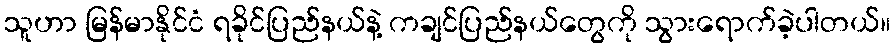
သူဟာ မြန်မာနိုင်ငံ ရခိုင်ပြည်နယ်နဲ့ ကချင်ပြည်နယ်တွေကို သွားရောက်ခဲ့ပါတယ်။